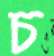
চ